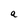
Character: a